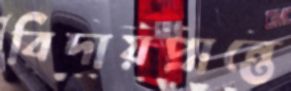
বিদায়প্রান্তে